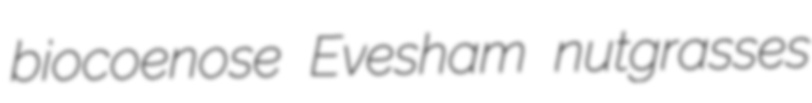
biocoenose Evesham nutgrasses